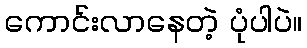
ကောင်းလာနေတဲ့ ပုံပါပဲ။